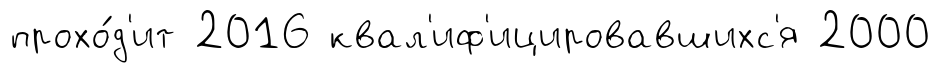
прохо́д'ит 2016 квал'иф'ицировавшихс'я 2000